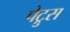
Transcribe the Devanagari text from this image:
पेट्रुस